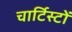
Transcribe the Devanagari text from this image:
चार्टिस्टों